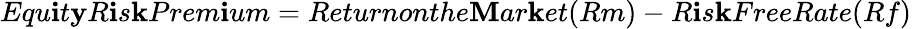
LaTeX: Equ\mathbf{i}t\mathbf{y}R\mathbf{i}s\mathbf{k}Prem\mathbf{i}um=Returnonthe\mathbf{M}ar\mathbf{k}et(Rm)-R\mathbf{i}s\mathbf{k}FreeRate(Rf)